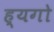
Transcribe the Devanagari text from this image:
ह्यगो